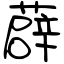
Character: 薜